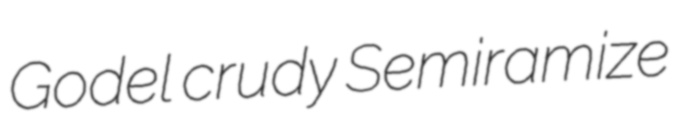
Godel crudy Semiramize